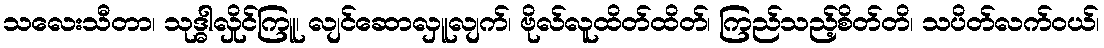
သလေးသီတာ၊ သုဒ္ဓါလှိုင်ကြူ၊ လျင်ဆောလှူလျက်၊ ဗိုလ်လူထိတ်ထိတ်၊ ကြည်သည့်စိတ်တိ၊ သပိတ်လက်ဝယ်၊